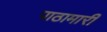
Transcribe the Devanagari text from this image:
पाठामारी